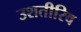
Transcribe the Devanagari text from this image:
उशतीरिव